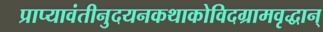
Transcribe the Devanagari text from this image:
प्राप्यावंतीनुदयनकथाकोविदग्रामवृद्धान्